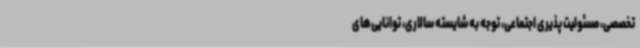
تخصصی، مسئولیت ‌پذیری اجتماعی، توجه به شایسته سالاری، توانایی‌های